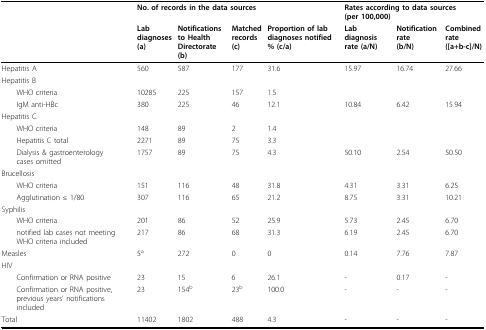
<table><thead><tr><td></td><td colspan="3"><b>No. of records in the data sources</b></td><td></td><td colspan="3"><b>Rates according to data sources(per 100,000)</b></td></tr><tr><td></td><td><b>Lab diagnoses(a)</b></td><td><b>Notificationsto Health Directorate (b)</b></td><td><b>Matchedrecords(c)</b></td><td><b>Proportion of lab diagnoses notified % (c/a)</b></td><td><b>Lab diagnosis rate (a/N)</b></td><td><b>Notification rate(b/N)</b></td><td><b>Combined rate([a+b-c]/N)</b></td></tr></thead><tbody><tr><td>Hepatitis A</td><td>560</td><td>587</td><td>177</td><td>31.6</td><td>15.97</td><td>16.74</td><td>27.66</td></tr><tr><td>Hepatitis B</td><td></td><td></td><td></td><td></td><td></td><td></td><td></td></tr><tr><td> WHO criteria</td><td>10285</td><td>225</td><td>157</td><td>1.5</td><td></td><td></td><td></td></tr><tr><td> IgM anti-HBc</td><td>380</td><td>225</td><td>46</td><td>12.1</td><td>10.84</td><td>6.42</td><td>15.94</td></tr><tr><td>Hepatitis C</td><td></td><td></td><td></td><td></td><td></td><td></td><td></td></tr><tr><td> WHO criteria</td><td>148</td><td>89</td><td>2</td><td>1.4</td><td></td><td></td><td></td></tr><tr><td> Hepatitis C total</td><td>2271</td><td>89</td><td>75</td><td>3.3</td><td></td><td></td><td></td></tr><tr><td> Dialysis &amp; gastroenterology cases omitted</td><td>1757</td><td>89</td><td>75</td><td>4.3</td><td>50.10</td><td>2.54</td><td>50.50</td></tr><tr><td>Brucellosis</td><td></td><td></td><td></td><td></td><td></td><td></td><td></td></tr><tr><td> WHO criteria</td><td>151</td><td>116</td><td>48</td><td>31.8</td><td>4.31</td><td>3.31</td><td>6.25</td></tr><tr><td> Agglutination ≤ 1/80</td><td>307</td><td>116</td><td>65</td><td>21.2</td><td>8.75</td><td>3.31</td><td>10.21</td></tr><tr><td>Syphilis</td><td></td><td></td><td></td><td></td><td></td><td></td><td></td></tr><tr><td> WHO criteria</td><td>201</td><td>86</td><td>52</td><td>25.9</td><td>5.73</td><td>2.45</td><td>6.70</td></tr><tr><td> notified lab cases not meeting WHO criteria included</td><td>217</td><td>86</td><td>68</td><td>31.3</td><td>6.19</td><td>2.45</td><td>6.70</td></tr><tr><td>Measles</td><td>5<sup>a</sup></td><td>272</td><td>0</td><td>0</td><td>0.14</td><td>7.76</td><td>7.87</td></tr><tr><td>HIV</td><td></td><td></td><td></td><td></td><td></td><td></td><td></td></tr><tr><td> Confirmation or RNA positive</td><td>23</td><td>15</td><td>6</td><td>26.1</td><td>-</td><td>0.17</td><td>-</td></tr><tr><td> Confirmation or RNA positive, previous years&#x27; notifications included</td><td>23</td><td>154<sup>b</sup></td><td>23<sup>b</sup></td><td>100.0</td><td>-</td><td>-</td><td>-</td></tr><tr><td>Total</td><td>11402</td><td>1802</td><td>488</td><td>4.3</td><td>-</td><td>-</td><td>-</td></tr></tbody></table>